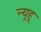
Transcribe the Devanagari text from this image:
न्यूहू